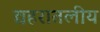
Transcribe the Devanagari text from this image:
द्यहरातलीय